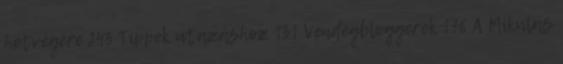
hétvégére 243 Tippek utazáshoz 131 Vendégbloggerek 176 A Mikulás